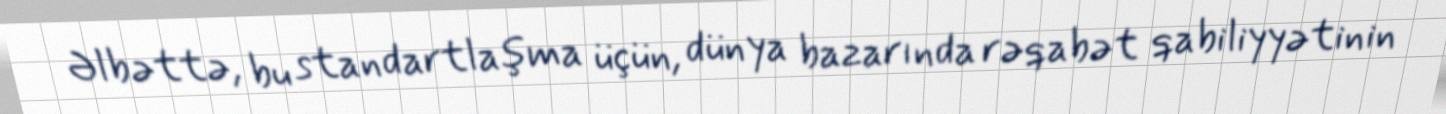
Əlbəttə, bu standartlaşma üçün, dünya bazarında rəqabət qabiliyyətinin